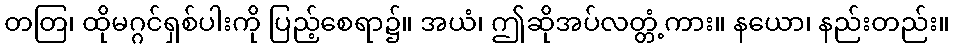
တတြ၊ ထိုမဂ္ဂင်ရှစ်ပါးကို ပြည့်စေရာ၌။ အယံ၊ ဤဆိုအပ်လတ္တံ့ကား။ နယော၊ နည်းတည်း။